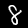
Digit: 8